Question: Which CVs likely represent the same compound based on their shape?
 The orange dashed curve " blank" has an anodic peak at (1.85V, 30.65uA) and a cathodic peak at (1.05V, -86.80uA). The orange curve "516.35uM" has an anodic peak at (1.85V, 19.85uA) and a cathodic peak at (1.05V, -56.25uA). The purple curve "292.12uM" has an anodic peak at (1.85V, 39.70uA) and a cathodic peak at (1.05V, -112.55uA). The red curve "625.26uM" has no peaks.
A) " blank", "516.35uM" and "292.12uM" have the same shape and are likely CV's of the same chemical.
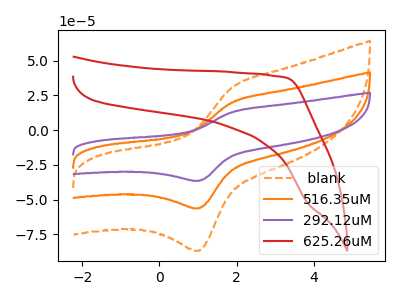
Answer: <think>All the peaks in " blank" have a peak in "516.35uM" at the same potential. Every peak in " blank" is higher than every peak in "516.35uM". All the peaks in " blank" have a peak in "292.12uM" at the same potential. Every peak in " blank" is lower than every peak in "292.12uM". " blank" and "625.26uM" have a different number of peaks. All the peaks in "516.35uM" have a peak in "292.12uM" at the same potential. Every peak in "516.35uM" is lower than every peak in "292.12uM". "516.35uM" and "625.26uM" have a different number of peaks. "292.12uM" and "625.26uM" have a different number of peaks.
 </think>
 <answer>A) " blank", "516.35uM" and "292.12uM" have the same shape and are likely CV's of the same chemical.</answer>
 <eval>A</eval>